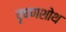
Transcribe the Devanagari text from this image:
वृषणशोथ